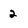
Character: 2